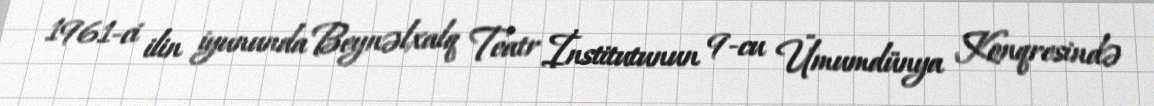
1961-ci ilin iyununda Beynəlxalq Teatr İnstitutunun 9-cu Ümumdünya Konqresində